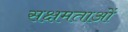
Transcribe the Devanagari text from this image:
सक्षमताओं